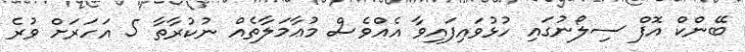
ބޭންކް އޮފް ސިލޯނުގައި ހުޅުވައިފައިވާ އެއްވެސް މުޢާމަލާތެއް ނުކުރާތާ 5 އަހަރަށް ވުރެ